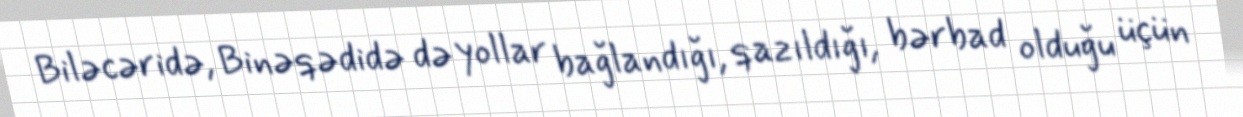
Biləcəridə, Binəqədidə də yollar bağlandığı, qazıldığı, bərbad olduğu üçün